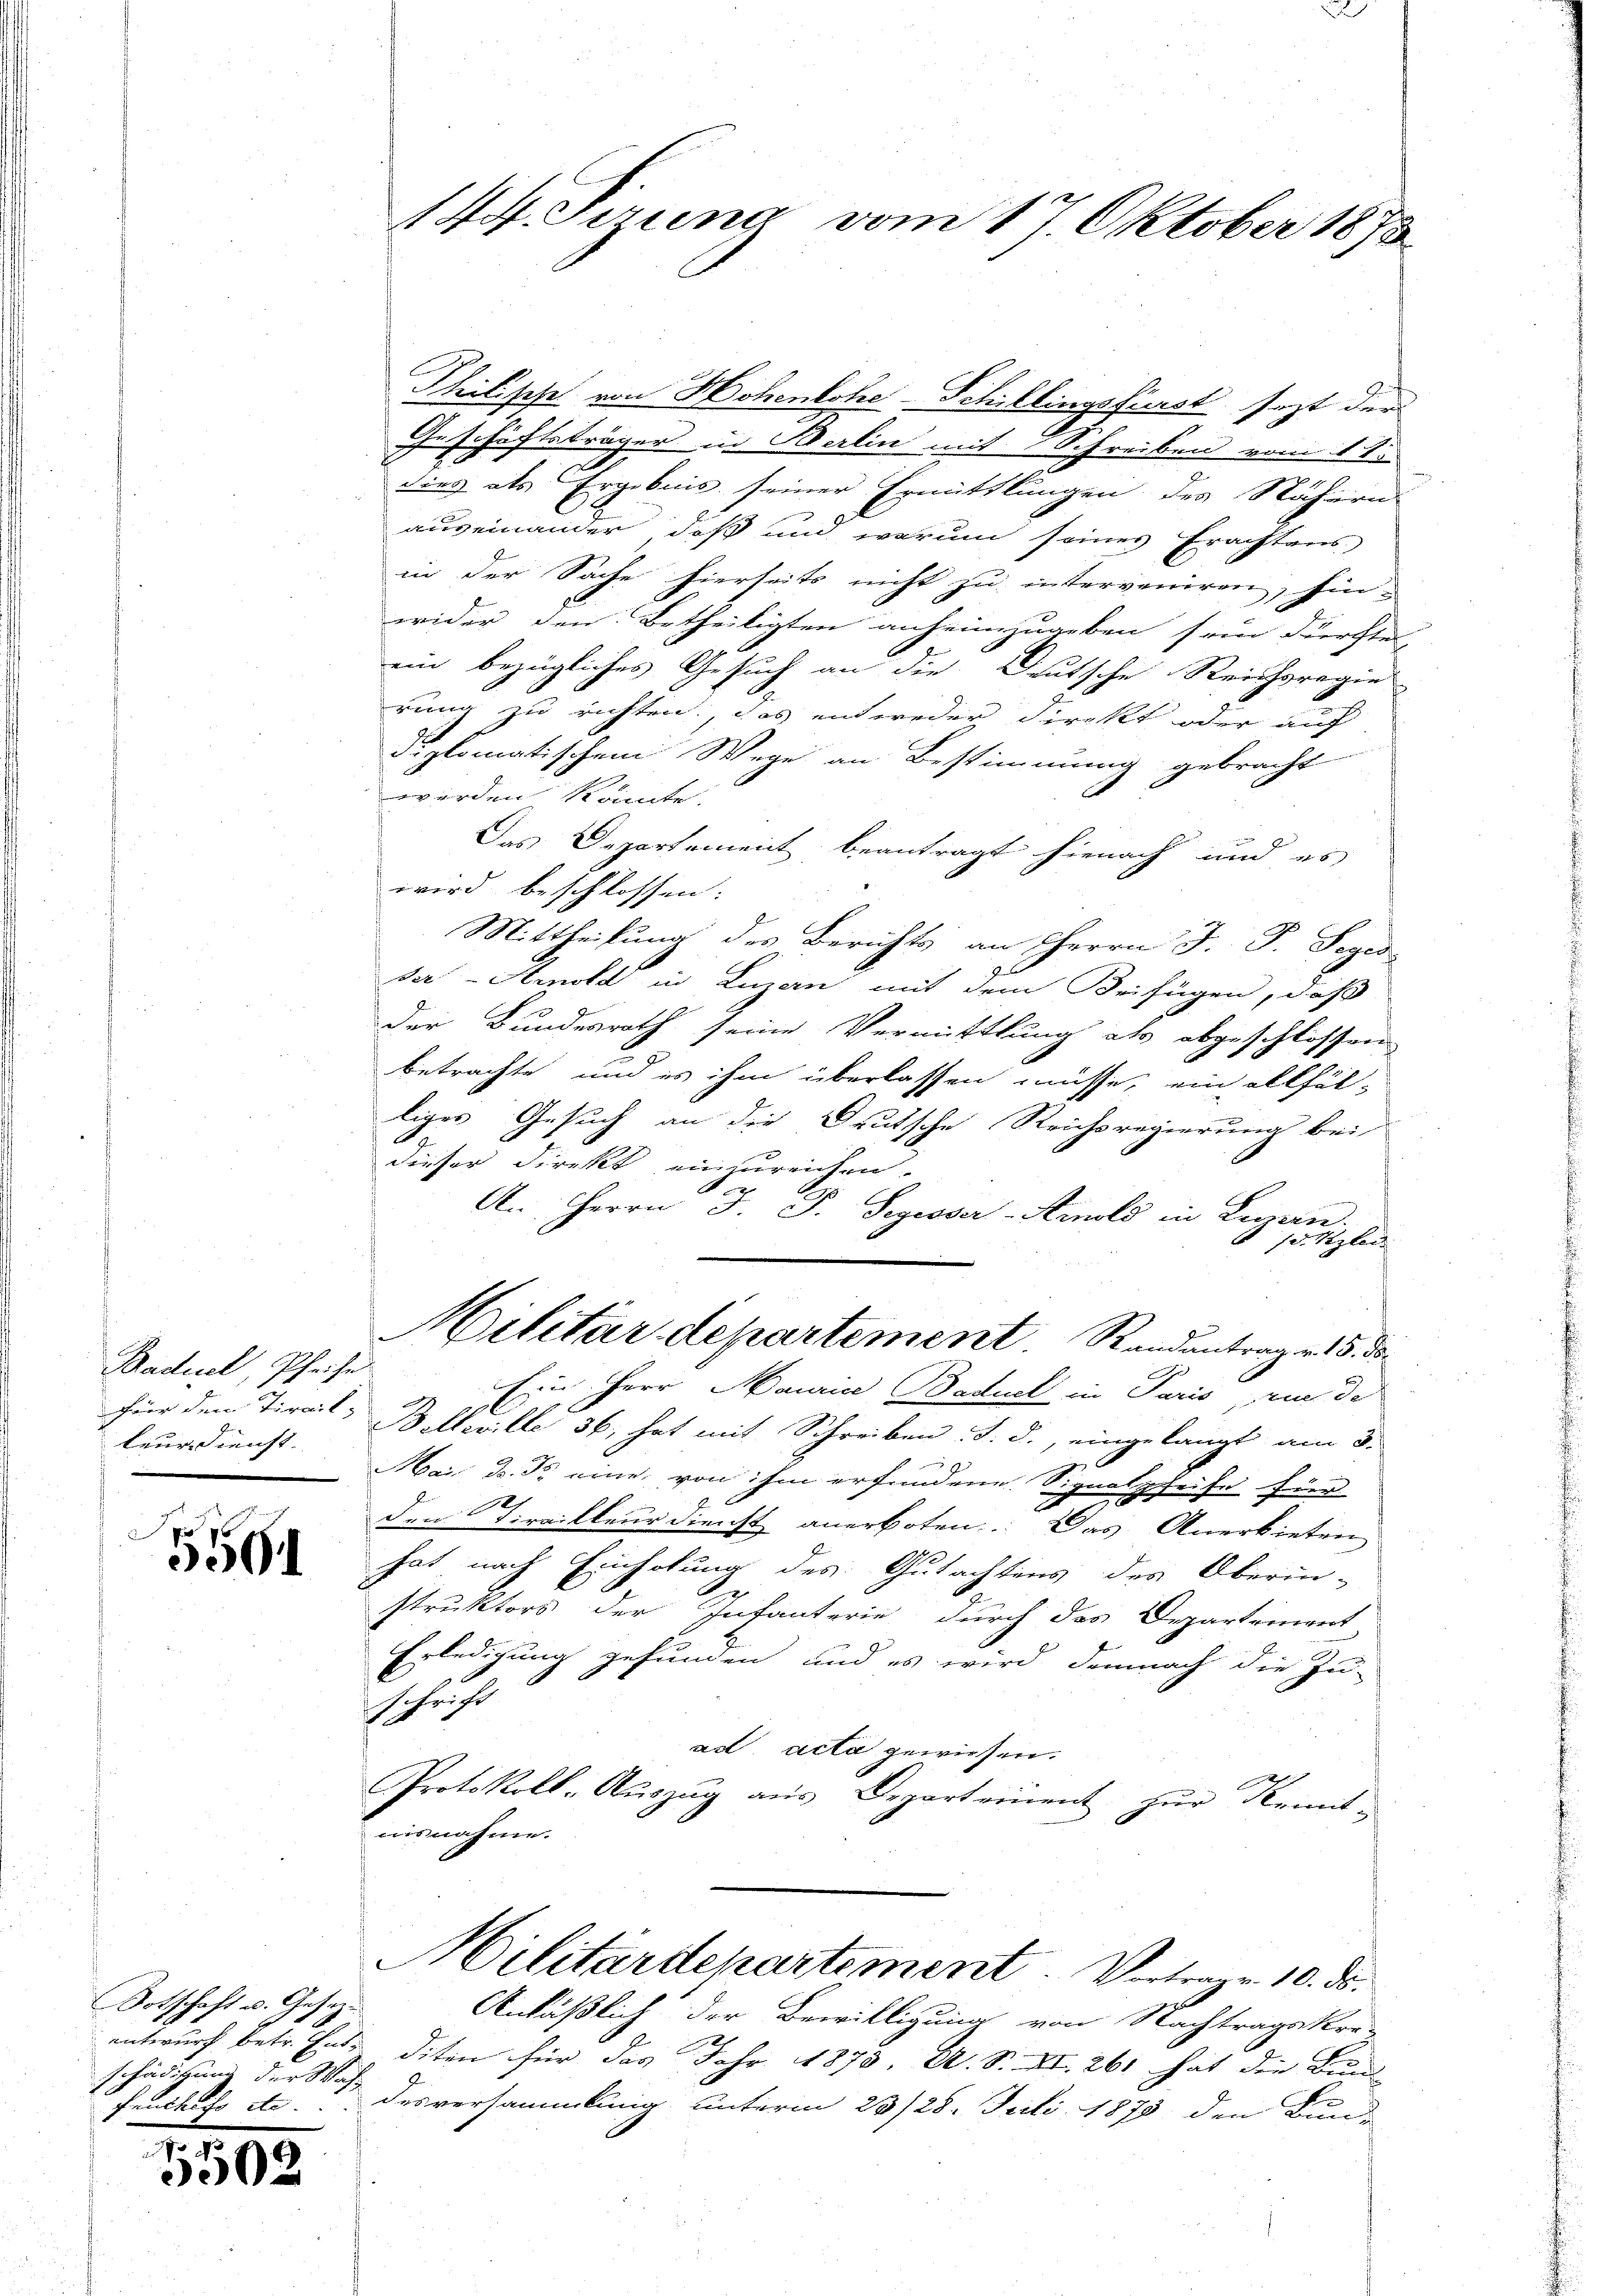
Baduel, Pfeife
teur dienst.

2
5564

Botschaft u. Gesezentwurf betr. Entschädigung der Wah

9
1502

Philische von Hohenlohe-Schillingsfürst sezt der
Geschäftsträger in Berlin mit Schreiben vom 11.
dies als Ergebnis seiner Ermittlungen des Nähern
auseinander, daß und warum seines Erachtens
in der Sache hierseits nicht zu interveniren, hin-
wider den Betheiligten anheimzugeben sein durchte,
ein bezügliches Gesuch an die Deutsche Reichsregie
rung zu richten, das entweder Direkt oder auf
diplomatischem Wege an Bestimmung gebracht
werden könnte.
Das Departement beantragt hienach und es
wird beschlossen:
Mittheilung des Berichts an Herrn J. J. Seges
der - Arnold in Luzern mit dem Beifügen, daß
der Bundesrath seine Vermittlung als abgeschlossen
betrachte und es ihm überlassen müsse, ein allfäl-
liger Gesuch an die Deutsche Reichsregierung bei
dieser Direkt einzureichen.
.

An Herrn J. J. Segesser-Arnold in Luzern.
 setzler
Militärdepartement. Randantrage 5. ds.
Ein Herr Maurice Baduel in Paris zu de
für den Tirait, Bollwille 36, hat mit Schreiben. S. S., eingelangt am 5.
g
Mai d. d. eine von ihm erfundene Signalpfeife für
e
2
den Trailleur dienst anerboten. Das Anerbieten

hat nach Einholung des Gutachtens des Oberin-
struktors der Infanterie durch das Departement
Erledigung gefunden, und es wird demnach die Zu-
schrift
ad acta gewiesen.
Protokoll-Auszug aus Departement zur Kennt-
uisnahme.

144. Jerung vom 17. Oktober 1878

Militärdepartement Vertrage 10. ds.

Anläßlich der Bewilligung von Nachtragskro-
diten für das Jahr 1878, A. S. XI. 261 hat die Bund
I
Feuches etc. Desversammlung unterm 23/28. Juli 1878 den Bun-